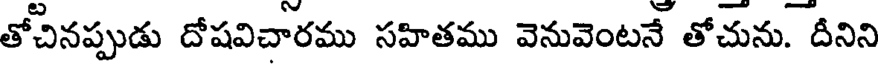
తోచినప్పుడు దోషవిచారము సహితము వెనువెంటనే తోచును. దీనిని